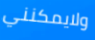
ولايمكنني